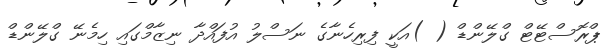
ޕްރޮސްޓޭޓް ގްލޭންޑް ( )އަކީ ފިރިހެނާގެ ނަސްލު އުފައްދާ ނިޒާމްގައި ހިމެނޭ ގްލޭންޑް